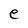
Character: e